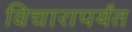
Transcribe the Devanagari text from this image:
विचारापर्यंत